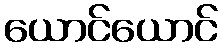
ယောင်ယောင်